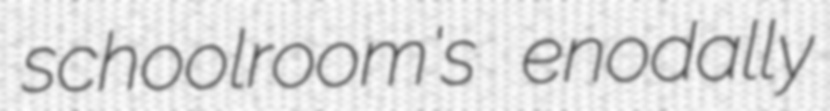
schoolroom's enodally